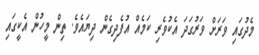
މެދުގައި ވަރަށް ވަރުގަދަ އެކުވެރި ކަމެއް އުފެދިގެން ދިޔައެވެ. ތިން މީހުން އެކީގައި